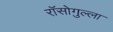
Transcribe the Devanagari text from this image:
रॉसोगुल्ला